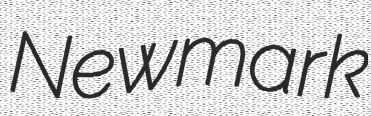
Newmark